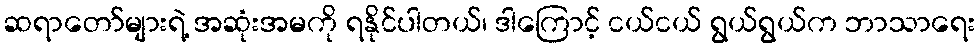
ဆရာတော်များရဲ့ အဆုံးအမကို ရနိုင်ပါတယ်၊ ဒါကြောင့် ငယ်ငယ် ရွယ်ရွယ်က ဘာသာရေး